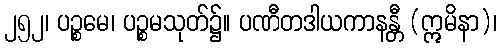
၂၅၂၊ ပဉ္စမေ၊ ပဉ္စမသုတ်၌။ ပဏီတဒါယကာနန္တီ (ဣမိနာ)၊